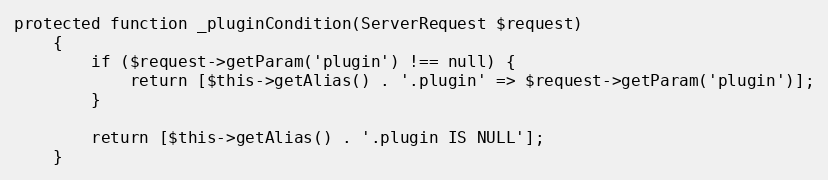
Language: PHP
protected function _pluginCondition(ServerRequest $request)
    {
        if ($request->getParam('plugin') !== null) {
            return [$this->getAlias() . '.plugin' => $request->getParam('plugin')];
        }

        return [$this->getAlias() . '.plugin IS NULL'];
    }